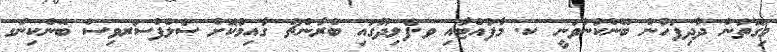
މިގޮތުން ދާދިފަހުން ބޭންކުންވަނީ ކ. މާފުއްޓާއި ވ.ފެލިދޫގައި ބްރާންޗް ގާއިމުކޮށް ސެލްފްސަރވިސް ބޭންކިންގ